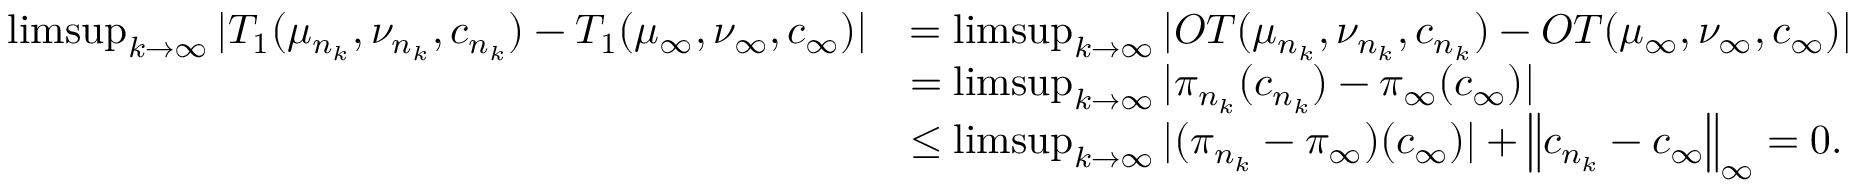
\begin{array} { r l } { \operatorname* { l i m s u p } _ { k \rightarrow \infty } | T _ { 1 } ( \mu _ { n _ { k } } , \nu _ { n _ { k } } , c _ { n _ { k } } ) - T _ { 1 } ( \mu _ { \infty } , \nu _ { \infty } , c _ { \infty } ) | } & { = \operatorname* { l i m s u p } _ { k \rightarrow \infty } | O T ( \mu _ { n _ { k } } , \nu _ { n _ { k } } , { c _ { n _ { k } } } ) - O T ( \mu _ { \infty } , \nu _ { \infty } , { c _ { \infty } } ) | } \\ & { = \operatorname* { l i m s u p } _ { k \rightarrow \infty } | \pi _ { n _ { k } } ( c _ { n _ { k } } ) - \pi _ { \infty } ( c _ { \infty } ) | } \\ & { \leq \operatorname* { l i m s u p } _ { k \rightarrow \infty } | ( \pi _ { n _ { k } } - \pi _ { \infty } ) ( c _ { \infty } ) | + \left\| c _ { n _ { k } } - c _ { \infty } \right\| _ { \infty } = 0 . } \end{array}